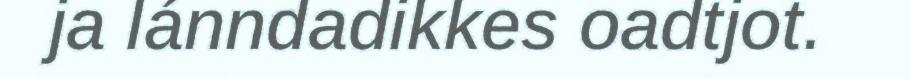
ja lánndadikkes oadtjot.